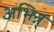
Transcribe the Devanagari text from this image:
अभिन्न्